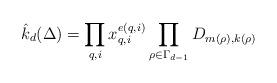
LaTeX: \begin{align*}\hat{k}_d(\Delta) = \prod_{q,i} x_{q,i}^{e(q,i)} \prod_{\rho \in \Gamma_{d-1}}D_{m(\rho),k(\rho)}\end{align*}